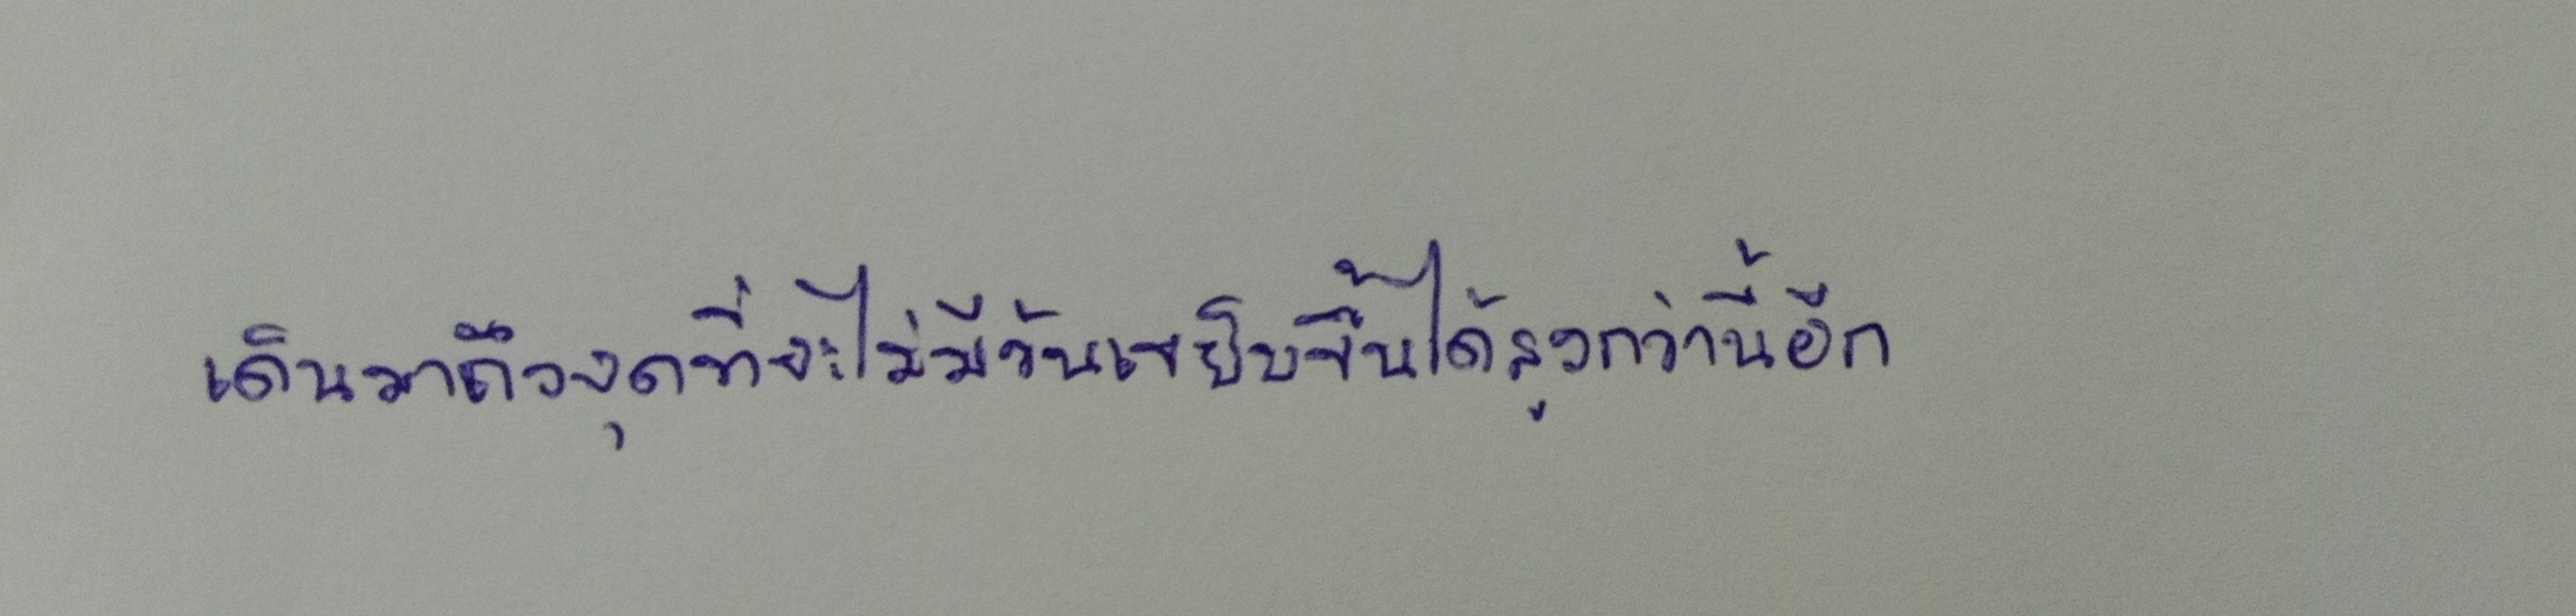
เดินมาถึงจุดที่จะไม่มีวันเขยิบขึ้นได้สูงกว่านี้อีก